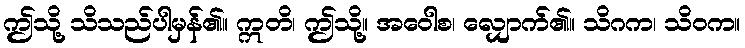
ဤသို့ သိသည်ပါမှန်၏။ ဣတိ၊ ဤသို့။ အဝေါစ၊ လျှောက်၏။ သိဂက၊ သိဝက။